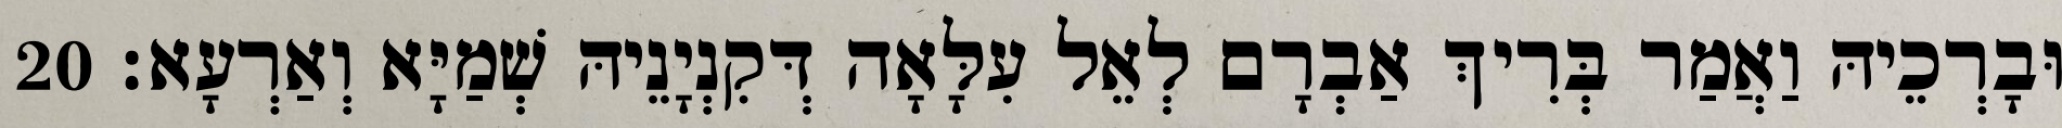
וּבָרְכֵיהּ וַאֲמַר בְּרִיךְ אַבְרָם לְאֵל עִלָּאָה דְּקִנְיָנֵיהּ שְׁמַיָּא וְאַרְעָא׃ 20